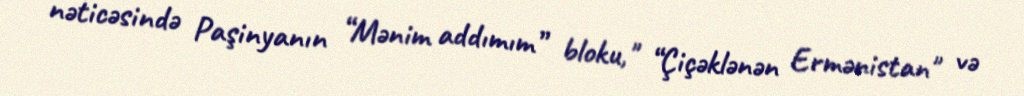
nəticəsində Paşinyanın “Mənim addımım” bloku," “Çiçəklənən Ermənistan" və